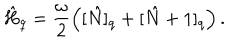
LaTeX: \hat { H } _ { q } = \frac { \omega } { 2 } \left( [ \hat { N } ] _ { q } + [ \hat { N } + 1 ] _ { q } \right) .